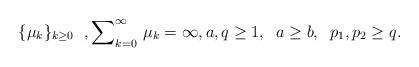
LaTeX: \begin{align*} \{\mu_k\}_{k\geq 0} \; , {\sum}_{k=0}^{\infty} \ \mu_k = \infty, a, q \geq 1, \;\; a \geq b, \;\; p_1, p_2 \geq q. \end{align*}